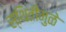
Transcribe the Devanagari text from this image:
स्थितींमुळे